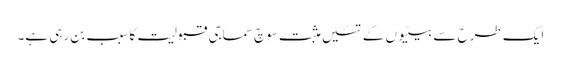
ایک طرح سے بیٹیوں کے تئیں مثبت سوچ سماجی قبولیت کا سبب بن رہی ہے۔